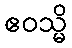
ဧဝသ္မိ